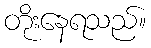
တိုးနေရသည်။